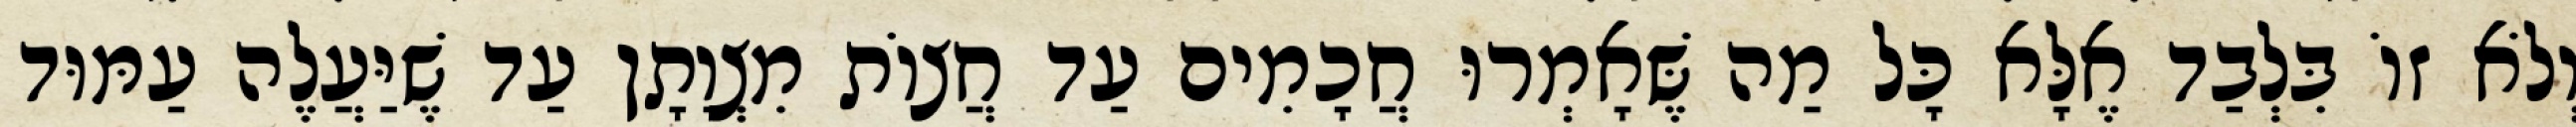
וְלֹא זוֹ בִּלְבַד אֶלָּא כָּל מַה שֶּׁאָמְרוּ חֲכָמִים עַד חֲצוֹת מִצְוָתָן עַד שֶׁיַּעֲלֶה עַמּוּד